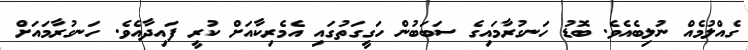
ގެއްލުމެއް ނުލިބެއެވެ. ބޮޑު ހަނގުރާމައިގެ ސަބަބުން ހަގީގަތުގައި އެމެރިކާއަށް ކުރީ ފައިދާއެވެ. ހަނގުރާމައަށް